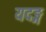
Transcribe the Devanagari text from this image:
यदङ्ग